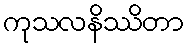
ကုသလနိဿိတာ